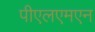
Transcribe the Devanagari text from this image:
पीएलएमएन